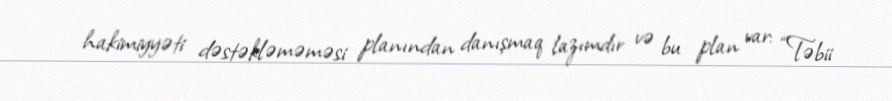
hakimiyyəti dəstəkləməməsi planından danışmaq lazımdır və bu plan var: “Təbii